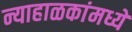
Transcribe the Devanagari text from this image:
न्याहाळकांमध्ये